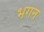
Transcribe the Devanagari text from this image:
भगन